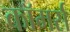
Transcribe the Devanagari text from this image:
काॅमर्स